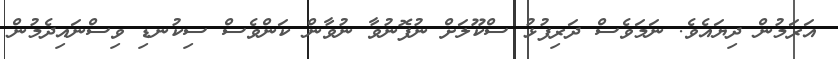
އަރަމުން ދިޔައެވެ. ނަމަވެސް ދަރިފުޅު ސްކޫލަށް ނުފޮނުވާ ނުވާން ކަންވެސް ސިކުނޑި ވިސްނައިދެމުން